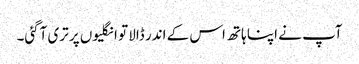
آپ نے اپنا ہاتھ اس کے اندر ڈالا تو انگلیوں پر تری آگئی۔